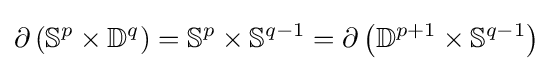
\partial \left(\mathbb {S} ^{p}\times \mathbb {D} ^{q}\right)=\mathbb {S} ^{p}\times \mathbb {S} ^{q-1}=\partial \left(\mathbb {D} ^{p+1}\times \mathbb {S} ^{q-1}\right)